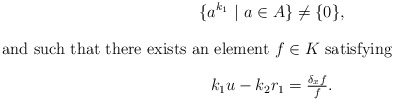
\begin{gather*} \{a^{k_1} \ | \ a\in A\}\neq \{0\},\intertext{and such that there exists an element $f\in K$ satisfying} k_1u-k_2r_1=\tfrac{\delta_xf}{f}.\end{gather*}